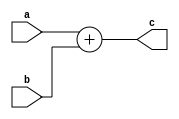
//////////////////////////////////////////////////////////////
// Lower-bit OR Adder
// Function : Lower-bit OR Adder
// Revision : v0.1 (2014-10-30) : Initial version
//////////////////////////////////////////////////////////////

`timescale 1ns/1ps

module acc_int_add(
  a,
  b,
  c
);


parameter BWOP = 32; //operand width

input  [BWOP-1:0]                                   a;
input  [BWOP-1:0]                                   b;
output [BWOP-1:0]                                   c;
wire   [BWOP- 1:0]                           c_pre;

assign c_pre = a + b;
assign c = c_pre[BWOP-1:0];
endmodule